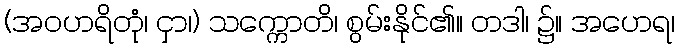
(အဝဟရိတုံ၊ ငှာ၊) သက္ကောတိ၊ စွမ်းနိုင်၏။ တဒါ၊ ၌။ အဟေရ၊